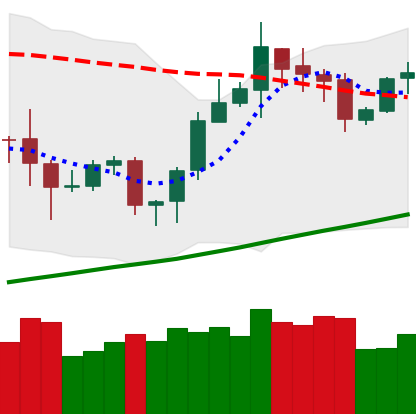
Ticker: ETH-USD
Chart end date: 2020-10-19
Forward return: 8.56%
Label: up_7plus